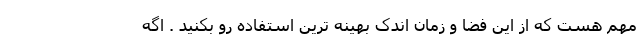
مهم هست که از این فضا و زمان اندک بهینه ترین استفاده رو بکنید . اگه